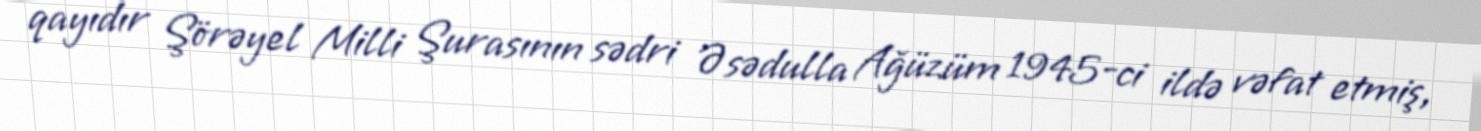
qayıdır Şörəyel Milli Şurasının sədri Əsədulla Ağüzüm 1945-ci ildə vəfat etmiş,